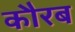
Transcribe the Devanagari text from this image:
कौरब